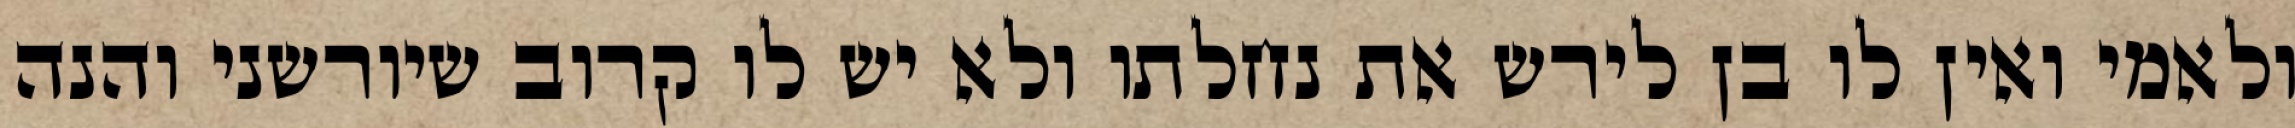
ולאמי ואין לו בן לירש את נחלתו ולא יש לו קרוב שיורשני והנה